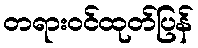
တရားဝင်ထုတ်ပြန်